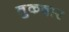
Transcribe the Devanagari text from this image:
तुकदार